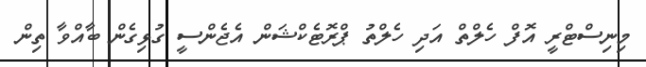
މިނިސްޓްރީ އޮފް ހެލްތް އަދި ހެލްތު ޕްރޮޓެކްޝަން އެޖެންސީ ގުޅިގެން ބާއްވާ ތިން